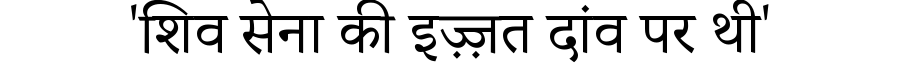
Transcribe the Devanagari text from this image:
'शिव सेना की इज़्ज़त दांव पर थी'